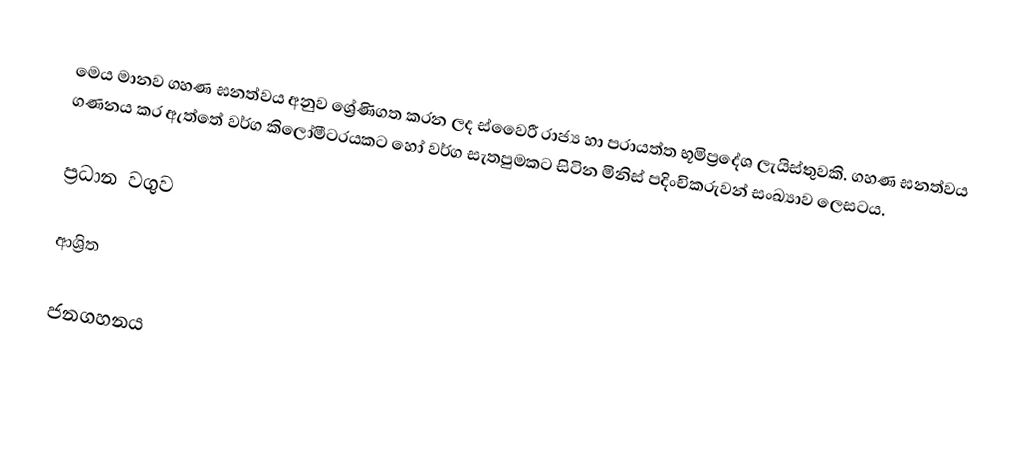
මෙය මානව ගහණ ඝනත්වය අනුව ශ්‍රේණිගත කරන ලද ස්වෛරී රාජ්‍ය හා පරායත්ත භූමිප්‍රදේශ ලැයිස්තුවකි. ගහණ ඝනත්වය ගණනය කර ඇත්තේ වර්ග කිලෝමීටරයකට හෝ වර්ග සැතපුමකට සිටින මිනිස් පදිංචිකරුවන් සංඛ්‍යාව ලෙසටය.

ප්‍රධාන වගුව

ආශ්‍රිත

ජනගහනය